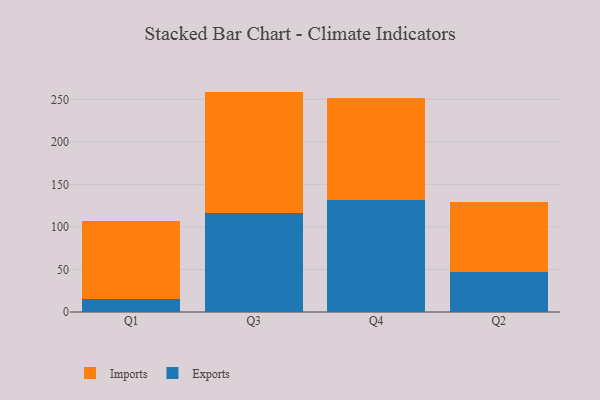
{"axis": {"x": "Quarter", "y": "Satisfaction Score"}, "legend": ["Exports", "Imports"], "data": [{"x": "Q1", "y": 15.8, "type": "Exports"}, {"x": "Q1", "y": 90.9, "type": "Imports"}, {"x": "Q3", "y": 116.1, "type": "Exports"}, {"x": "Q3", "y": 143.0, "type": "Imports"}, {"x": "Q4", "y": 131.1, "type": "Exports"}, {"x": "Q4", "y": 120.3, "type": "Imports"}, {"x": "Q2", "y": 46.6, "type": "Exports"}, {"x": "Q2", "y": 82.8, "type": "Imports"}]}